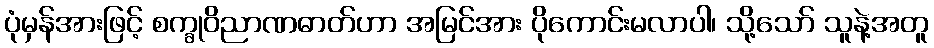
ပုံမှန်အားဖြင့် စက္ခုဝိညာဏဓာတ်ဟာ အမြင်အား ပိုကောင်းမလာပါ၊ သို့သော် သူနဲ့အတူ